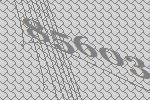
85603